Annual vaccination report of Bihar and Orissa - 1911-1928
Year: 1911
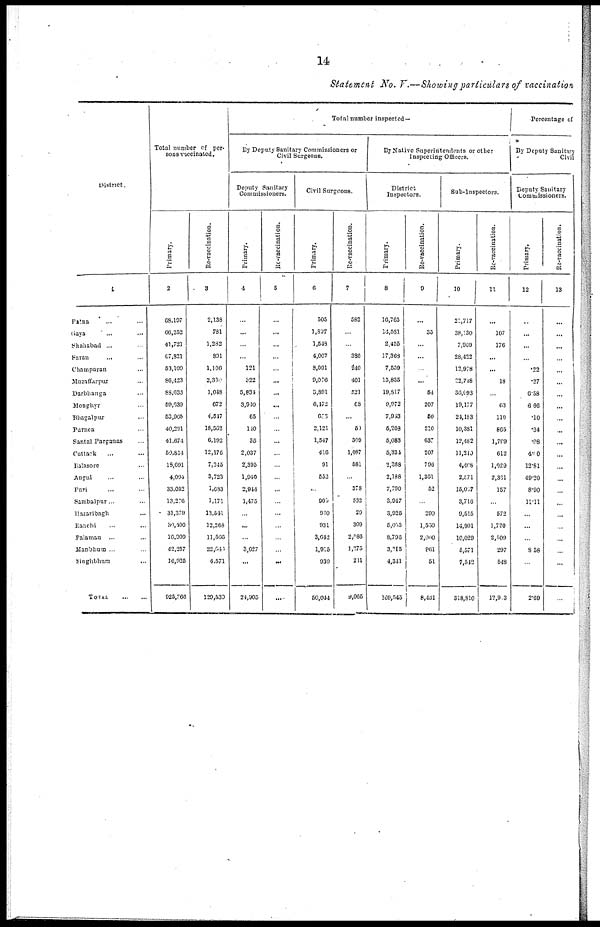
14
Statement No. V.—Showing particulars of vaccination
District.
1
Patna ... ...
Gaya ... ...
Shahabad ... ...
Saran ... ...
Champaran ... ...
Muzaffarpur ...
Darbhanga ...
Monghyr ...
Bhagalpur ...
Parnea ...
Santal Parganas ...
Cuttack ...
Balasore ...
Angul ...
Puri ... ...
Sambalpur ...
Mazaribagh ...
Ranchi ...
Palamau
... ...
Manbhum ... ...
Singhbhum ... ...
TOTAL
...
...
Total number of per-
sons vaccinated.
Primary.
2
68,197
66,252
41,721
67,821
53,109
86,423
83,633
59,639
53,005
40,291
41,674
50,814
18,691
4,004
33,052
13,276
31,379
30,400
16,900
42,257
10,925
925,366
Re-vaccination.
3
2,138
781
1,282
801
1,106
2,330
1,048
672
4,517
16,562
6,192
12,176
7,245
3,723
1,683
1,171
13,541
12,268
11,566
22,641
4,571
129,530
Total number inspected—
By Deputy Sanitary Commissioners or
Civil Surgeons.
Deputy Sanitary
Commissioners.
Primary.
4
...
...
...
...
121
322
5,834
3,940
65
110
35
2,037
2,395
1,940
2,944
1,475
...
...
...
3,627
...
24,905
Re-vaccination.
5
...
...
...
...
...
...
...
...
...
...
...
...
...
...
...
...
...
...
...
...
...
...
Civil Surgeons.
Primary.
6
505
1,807
1,548
4,007
8,001
9,076
3,891
6,472
603
2,121
1,547
416
91
552
...
900
910
931
3,642
1,915
930
50,044
Re-vaccination.
7
582
...
...
386
240
401
521
68
...
50
309
1,087
581
...
378
532
20
309
2,086
1,275
281
9,065
By Native Superintendents or other
Inspecting Officers.
District
Inspectors.
Primary.
8
16,765
11,581
2,455
17,368
7,559
15,835
19,817
9,972
7,943
5,203
5,083
5,334
2,368
2,188
7,790
3,947
3,925
6,055
8,796
3,215
4,341
169,545
Re-vaccination.
9
...
35
...
...
...
...
54
207
50
210
637
207
796
1,361
52
...
290
1,550
2,000
961
51
8,461
Sub-Inspectors.
Primary.
10
21,717
38,130
7,069
28,422
12,978
22,748
36,093
19,177
24,183
10,381
12,482
11,210
4,408
2,571
15,007
3,716
9,515
14,901
10,029
5,571
7,542
318,810
Re-vaccination.
11
...
107
176
...
...
18
...
63
110
865
1,709
612
1,029
2,361
157
...
572
1,720
2,509
297
548
12,903
Percentage of
By Deputy Sanitary
Civil
Deputy Sanitary
Commissioners.
Primary.
12
...
...
...
...
.22
.37
6.58
6.66
.10
.34
.08
4.00
12.81
49.20
8.90
11.11
...
...
...
8.58
...
2.69
Re-vaccination.
13
...
...
...
...
...
...
...
...
...
...
...
...
...
...
...
...
...
...
...
...
...
...